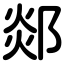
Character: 郯